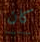
كان